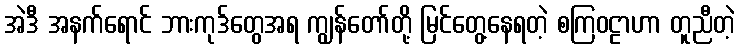
အဲဒီ အနက်ရောင် ဘားကုဒ်တွေအရ ကျွန်တော်တို့ မြင်တွေ့နေရတဲ့ စကြဝဠာဟာ တူညီတဲ့